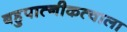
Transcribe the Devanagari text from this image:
बहुपात्नीकत्वाला